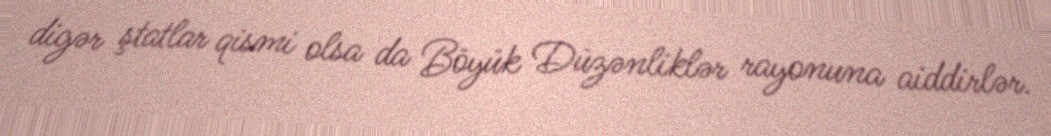
digər ştatlar qismi olsa da Böyük Düzənliklər rayonuna aiddirlər.